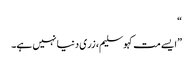
“
”ایسے مت کہو سلیم، زری دنیا نہیں ہے۔